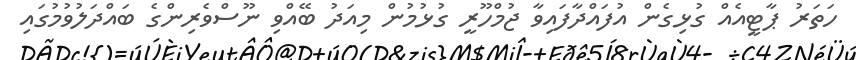
ހަތަރު ޕާޓީއެއް ގުޅިގެން އުފައްދާފައިވާ ޖުމްހޫރީ ގުޅުމުން މިއަދު ބޭއްވި ނޫސްވެރިންގެ ބައްދަލުވުމުގައި